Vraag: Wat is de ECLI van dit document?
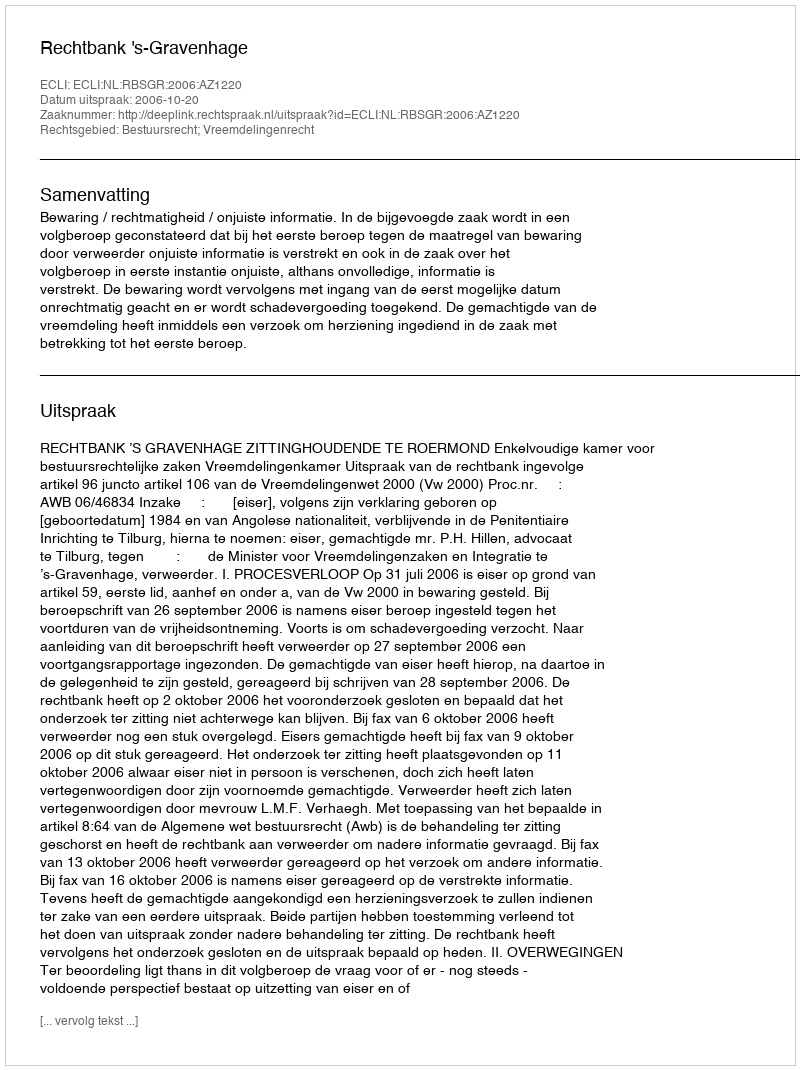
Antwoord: ECLI:NL:RBSGR:2006:AZ1220